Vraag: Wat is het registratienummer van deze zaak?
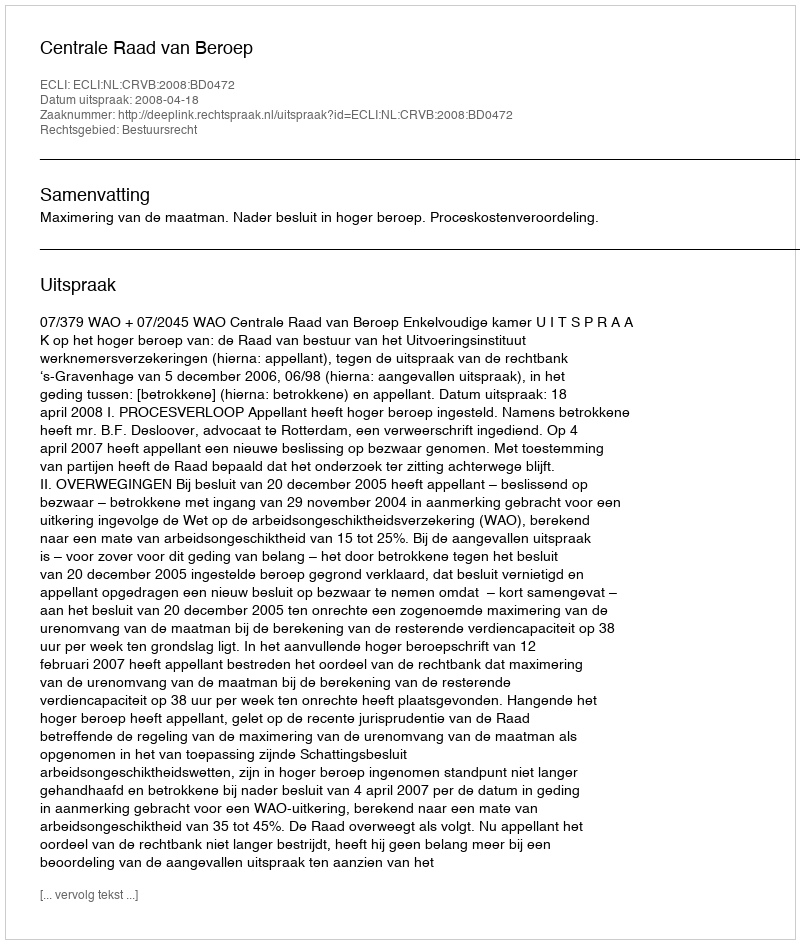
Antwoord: http://deeplink.rechtspraak.nl/uitspraak?id=ECLI:NL:CRVB:2008:BD0472